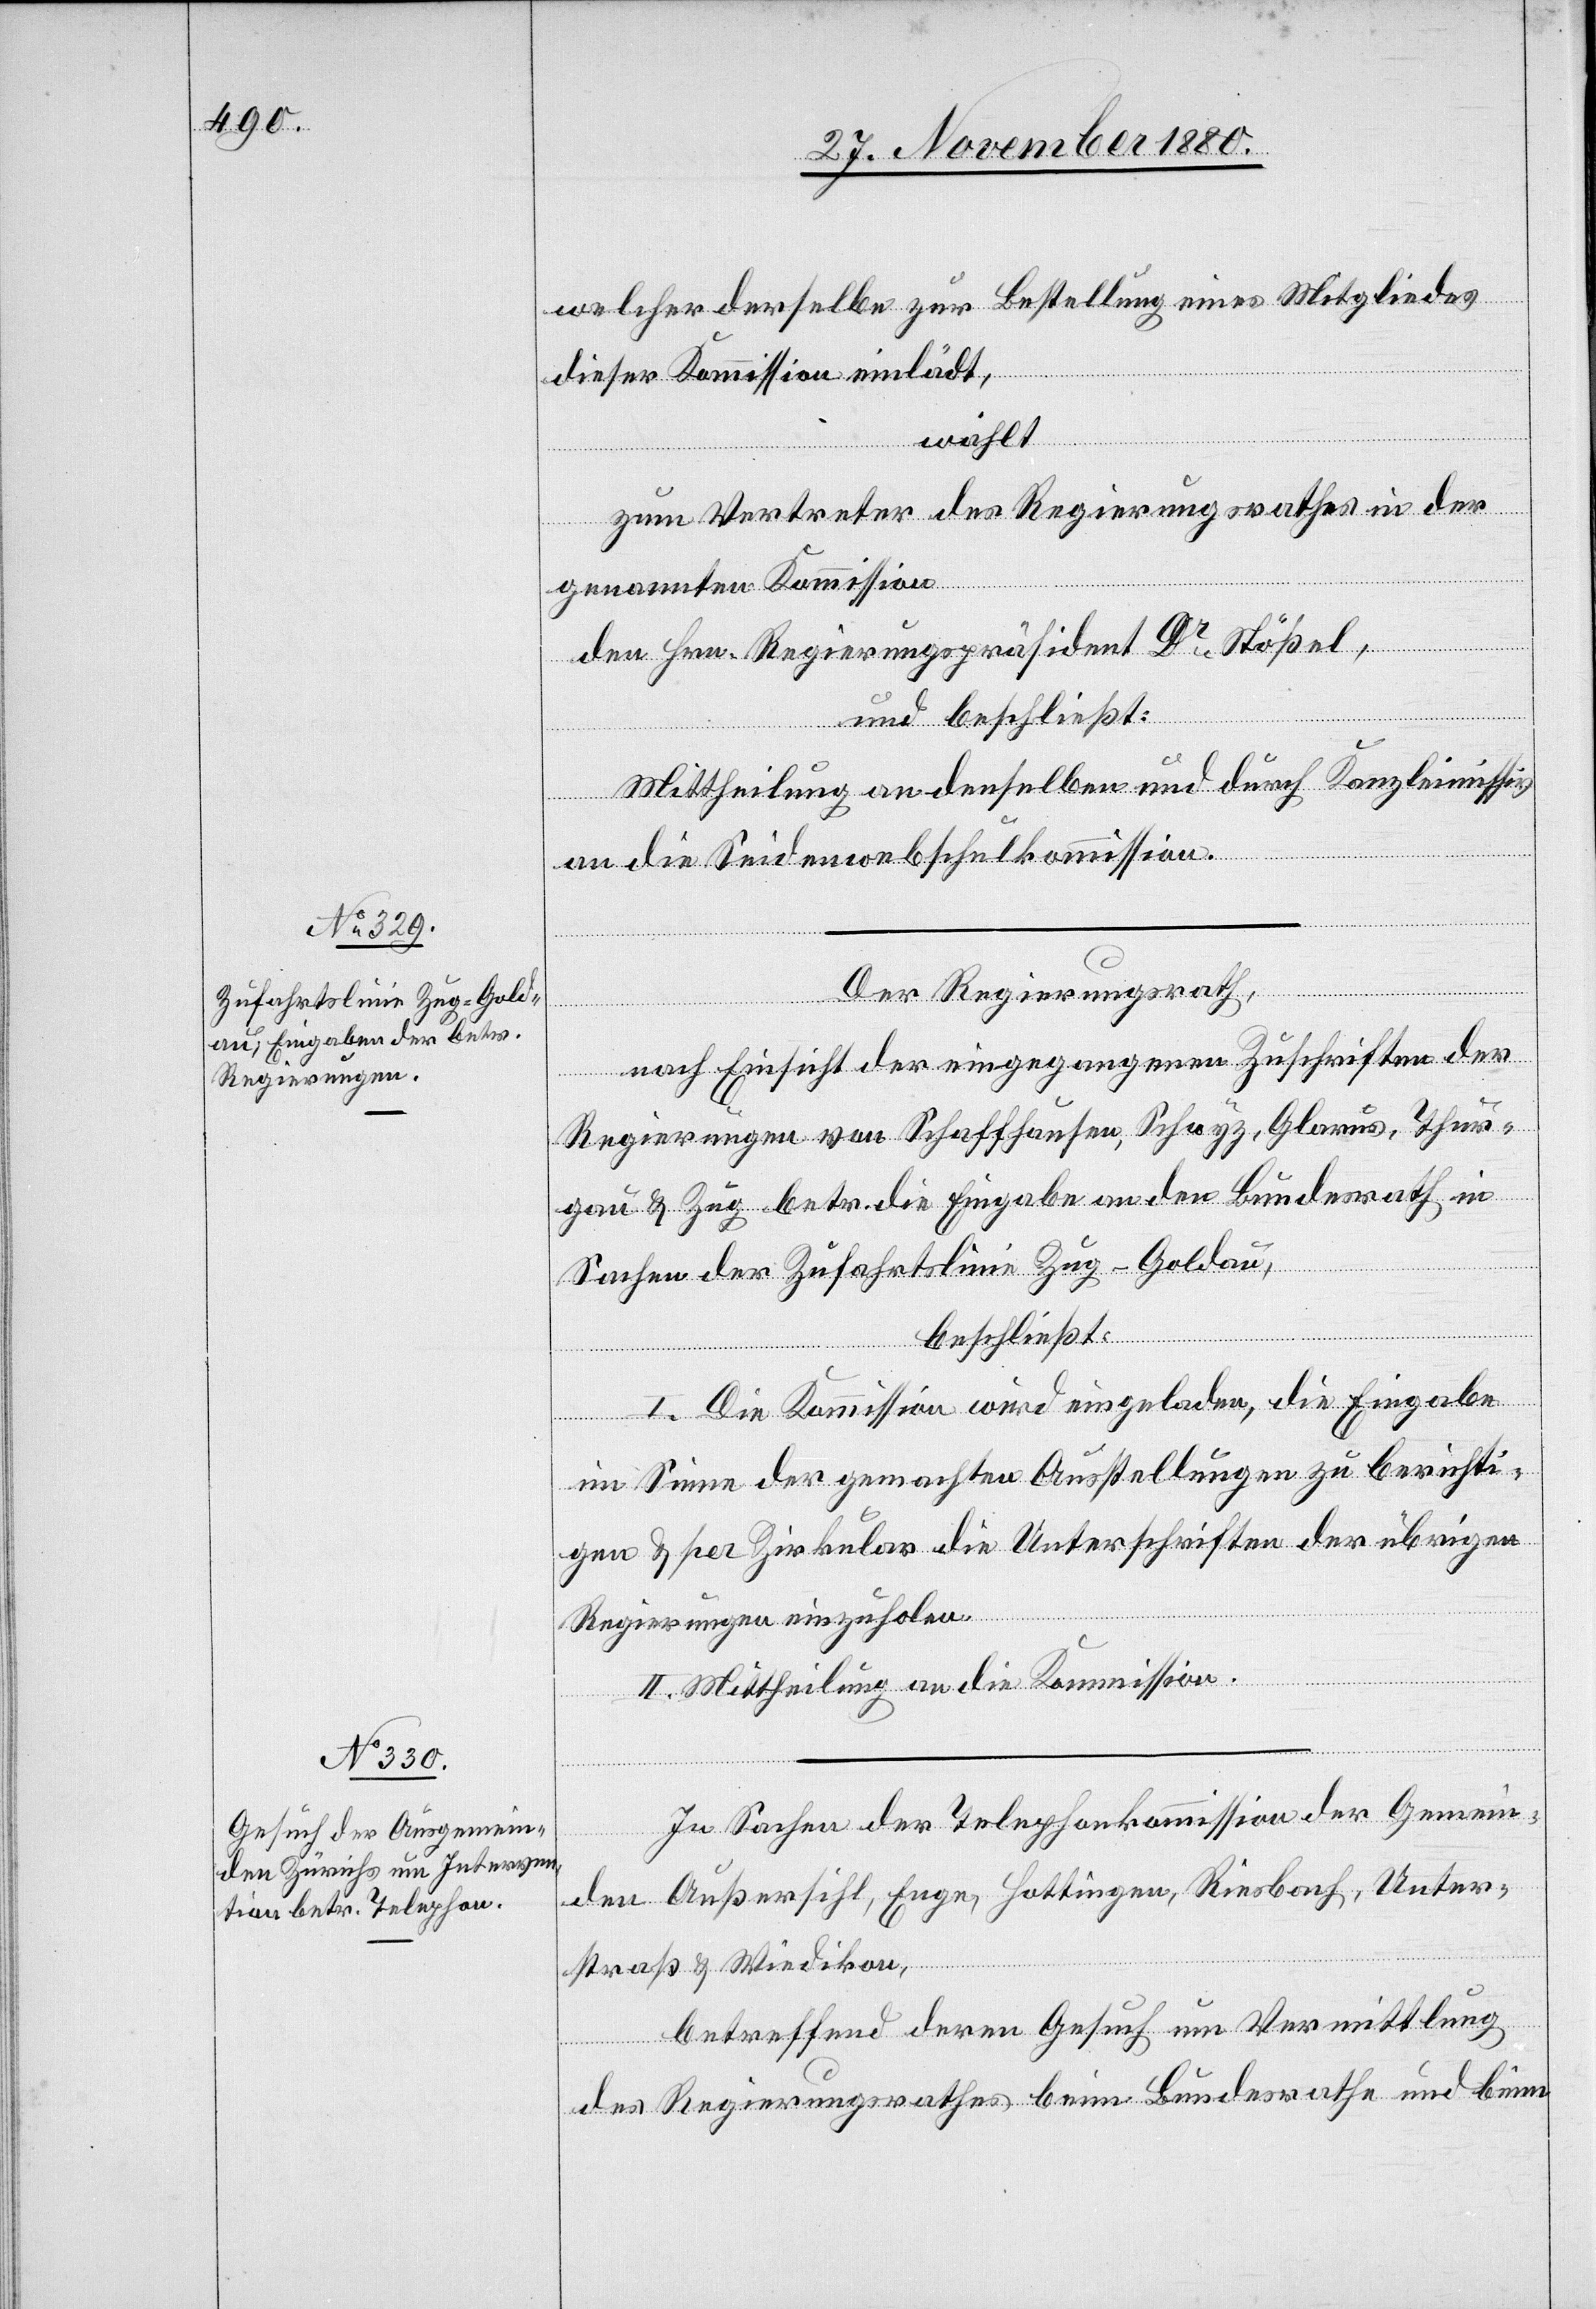
welcher derselbe zur Bestellung eines Mitgliedes
dieser Kommission einlädt,
wählt
zum Vertreter des Regierungsrathes in der
genannten Kommission
den Hrn. Regierungspräsidenten Dr Stößel,
und beschließt:
Mittheilung an denselben und durch Kanzleimissiv
an die Seidenwebschulkommission.
Der Regierungsrath,
nach Einsicht der eingegangenen Zuschriften der
Regierungen von Schaffhausen, Schwyz, Glarus, Thur¬
gau & Zug betr. die Eingabe an den Bundesrath in
Sachen der Zufahrtslinie Zug–Goldau,
beschließt:
I. Die Kommission wird eingeladen, die Eingabe
im Sinne der gemachten Ausstellung zu berichti¬
gen & per Zirkular die Unterschriften der übrigen
Regierungen einzuholen.
II. Mittheilung an die Kommission.
In Sachen der Telephonkommission der Gemein¬
den Außersihl, Enge, Hottingen, Riesbach, Unter¬
straß, Wiedikon,
betreffend deren Gesuch um Vermittlung
des Regierungsrathes beim Bundesrathe und beim